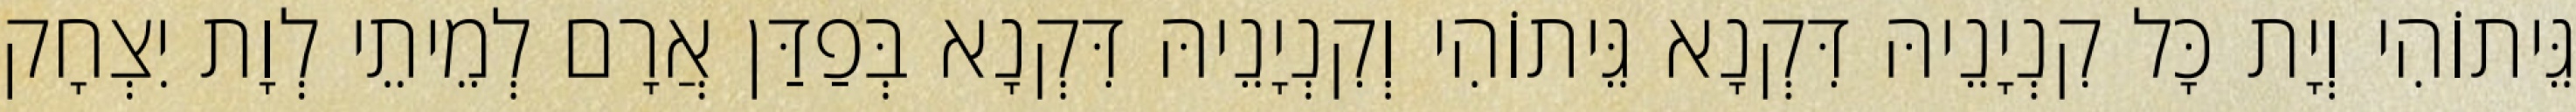
גֵּיתוֹהִי וְיָת כָּל קִנְיָנֵיהּ דִּקְנָא גֵּיתוֹהִי וְקִנְיָנֵיהּ דִּקְנָא בְּפַדַּן אֲרָם לְמֵיתֵי לְוָת יִצְחָק